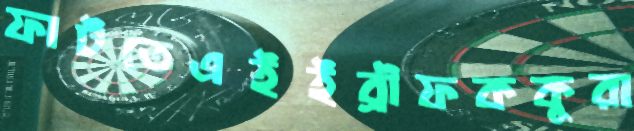
ফাটতেএইইব্রীফককুরা